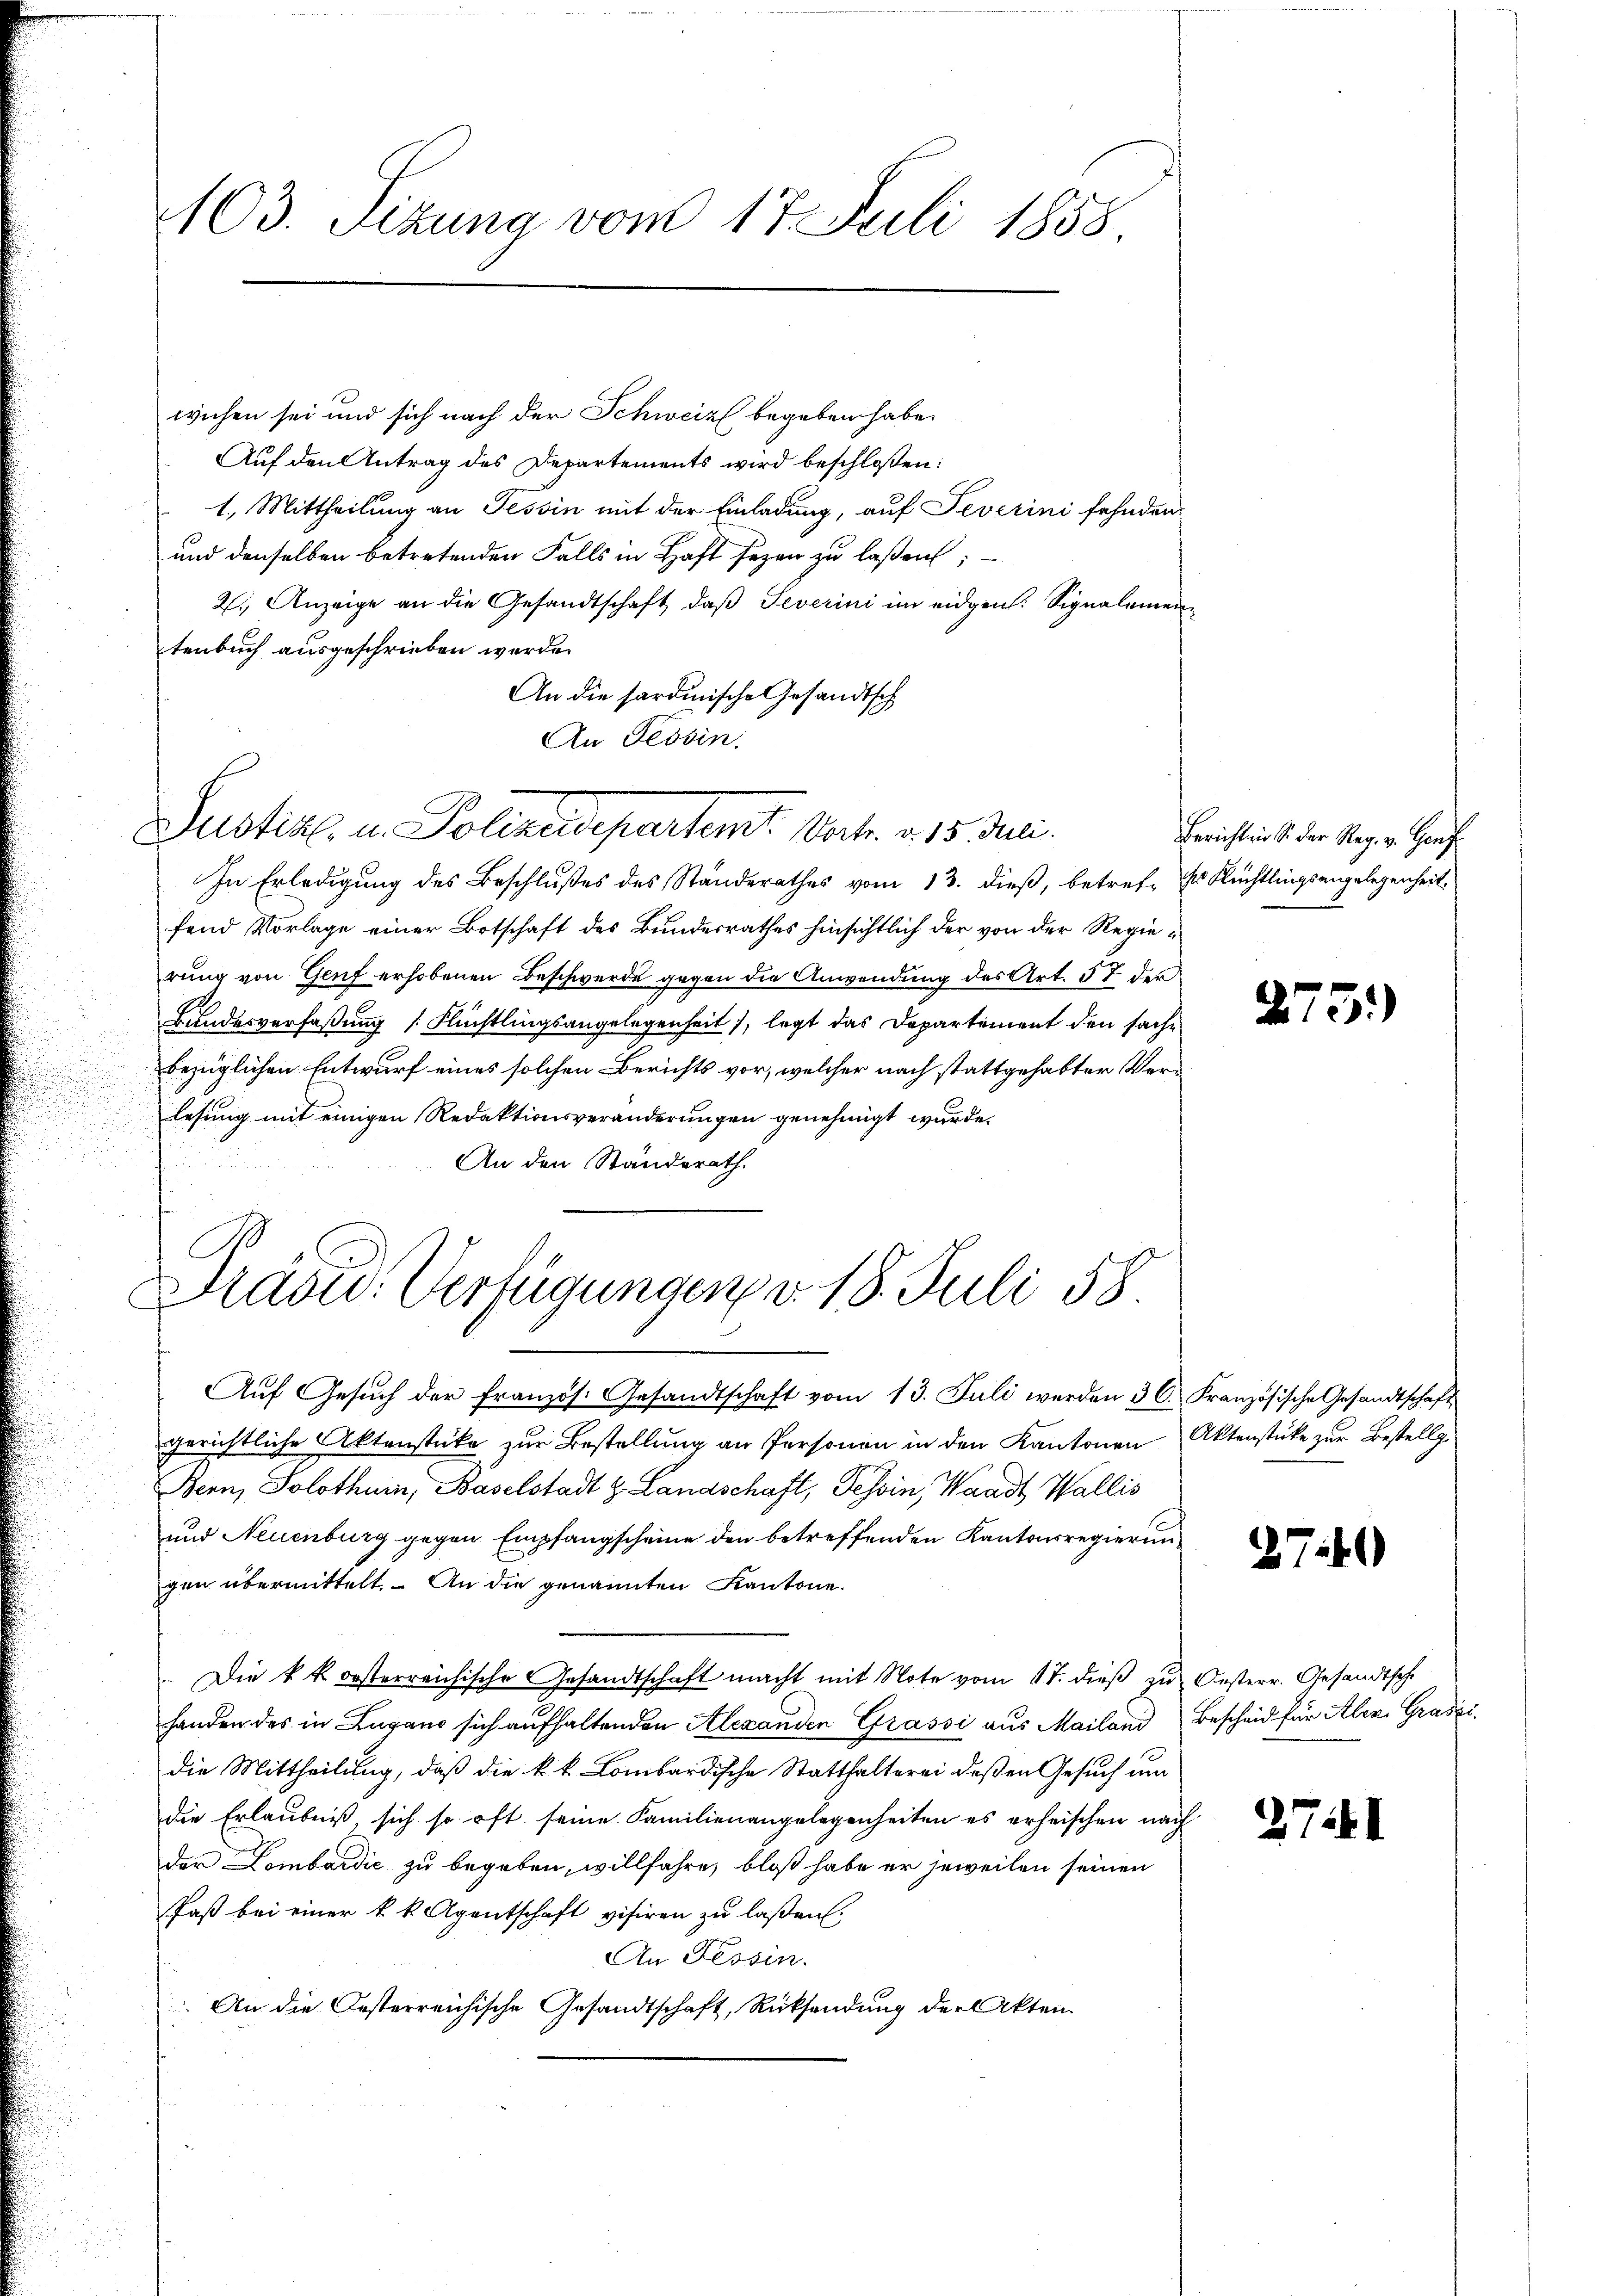
103. Sizung vom 17. Juli 1858

wichen sei und sich nach der Schweiz begeben habe.
Auf den Antrag des Departements wird beschloßen:
1.) Mittheilung an Tessin mit der Einladung, auf Severini fehnden
und denselben betretenden Falls in Haft sezen zu laßen;
21, Anzeige an die Gesandtschaft, daß Severini im eidgen. Signalementenbuch ausgeschrieben werde.
An die sardinische Gesandtsch
An Tessin.
In Erledigung des Beschlußes des Standerathes vom 13. dieß, betref- Es Rechtlingsangelegenheit,
fend Vorlage einer Botschaft des Bundesrathes hinsichtlich der von der Regierung von Genf erhobenen Beschwerde gegen die Anwendung des Art. 57 der
Bundesverfaßung [Flüchtlingsangelegenheit), legt das Departement den sache
bezüglichen Entwurf eines solchen Berichts vor, welcher nach stattgehabter Verlesung mit einigen Redaktionsveränderungen genehmigt wurde.
An den Standerath.
2
Präsid. Verfügungen v. 18. Juli 58.
Aŭf Gesŭch der französ. Gesandtschaft vom 13. Juli werden 36. Französische Gesandtschaft
gerichtliche Aktenstüke zur Bestellung an Personen in den Kantonen Aktenstüke zur Bestellge
Bern, Solothur, Baselstadt z. Landschaft, Tessin, Waadt Wallis
und Neuenburg gegen Empfangscheine den betreffenden Kantonsregierungen übermittelt. An die genannten Kantone.
Die k. k. orsterreichische Gesandtschaft macht mit Note vom 17. dieß zu Oesterr. Gesandtsch
handen des in Lugano sich aufhaltenden Alexanden Grassi aus Mailand
die Mittheilung, daß die k. k. Lombardische Statthalterei deßen Gesuch um
die Erlaubniß, sich so oft seine Familienangelegenheiten es erheischen nach
der Lombardić zu begeben, willfahre, bloß habe er jeweilen seinen
Paß bei einer k. k. Agentschaft visiren zu laßen.
An Tessin.
An die Oesterreichische Gesandtschaft, Rücksendung der Akten.

Justiz, u. Polizeidepartemt. Vort. v. 15. Juni.

Berichten S. der Reg. v. Genf

2

875.

274)

Bescheid für Aler. Grades

2741